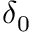
\delta _ { 0 }